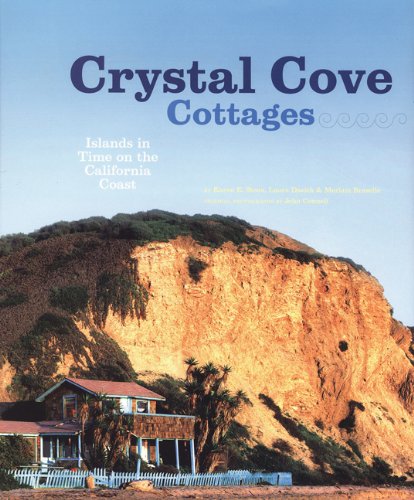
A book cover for Crystal Cove Cottages: Islands in Time on the California Coast; Karen E. Steen; Crafts, Hobbies & Home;